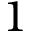
1